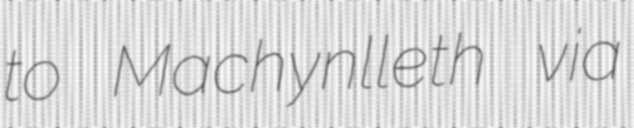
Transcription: to Machynlleth via